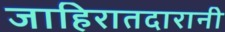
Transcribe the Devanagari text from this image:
जाहिरातदारानी